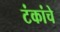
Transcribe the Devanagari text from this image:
टंकांचे